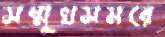
সম্মুখসমরে